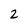
Character: 2